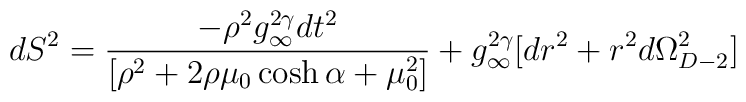
dS^2 = \frac{-\rho^2 g_\infty^{2\gamma}dt^2} {[\rho^2 +2\rho\mu_0\cosh\alpha+\mu_0^2]}+ g_\infty^{2\gamma}\bigl[dr^2 +r^2 d\Omega_{D-2}^2\bigr]